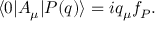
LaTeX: \langle 0 | A _ { \mu } | P ( q ) \rangle = i q _ { \mu } f _ { P } .